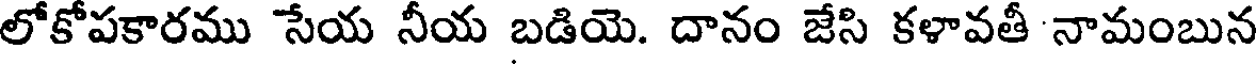
లోకోపకారము సేయ నీయ బడియె. దానం జేసి కళావతీ నామంబున